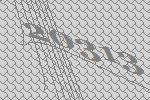
20313